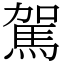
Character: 駕